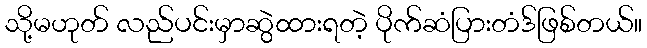
သို့မဟုတ် လည်ပင်းမှာဆွဲထားရတဲ့ ပိုက်ဆံပြားတံဒ်ဖြစ်တယ်။